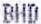
BHD